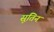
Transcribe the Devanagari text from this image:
सूतिन